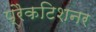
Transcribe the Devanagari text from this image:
प्रैकटिशनर